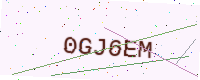
Text: 0GJ6EM